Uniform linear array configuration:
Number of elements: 16
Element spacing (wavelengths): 0.75
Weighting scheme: binomial
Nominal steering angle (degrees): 45
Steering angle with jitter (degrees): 44.957
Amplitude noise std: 0.05
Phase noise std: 0.05

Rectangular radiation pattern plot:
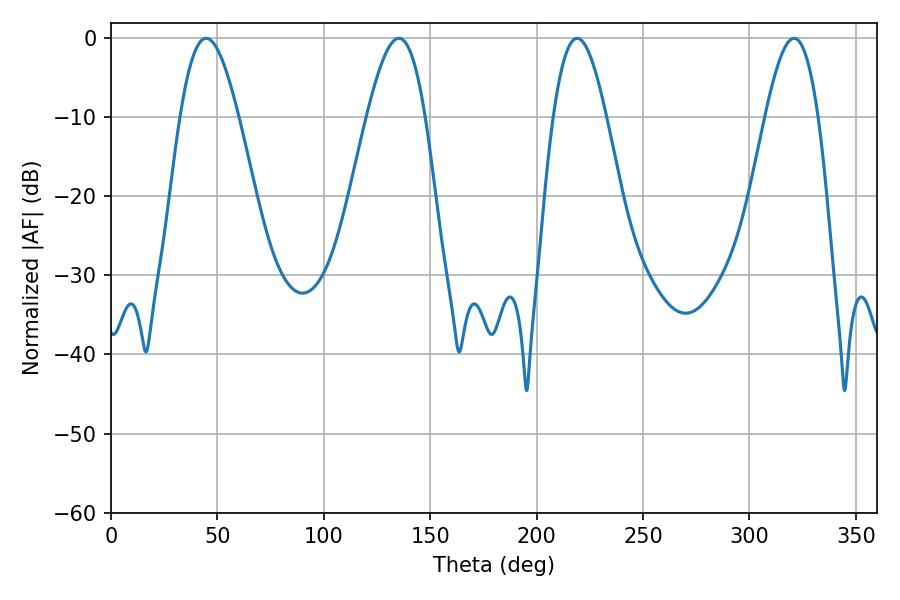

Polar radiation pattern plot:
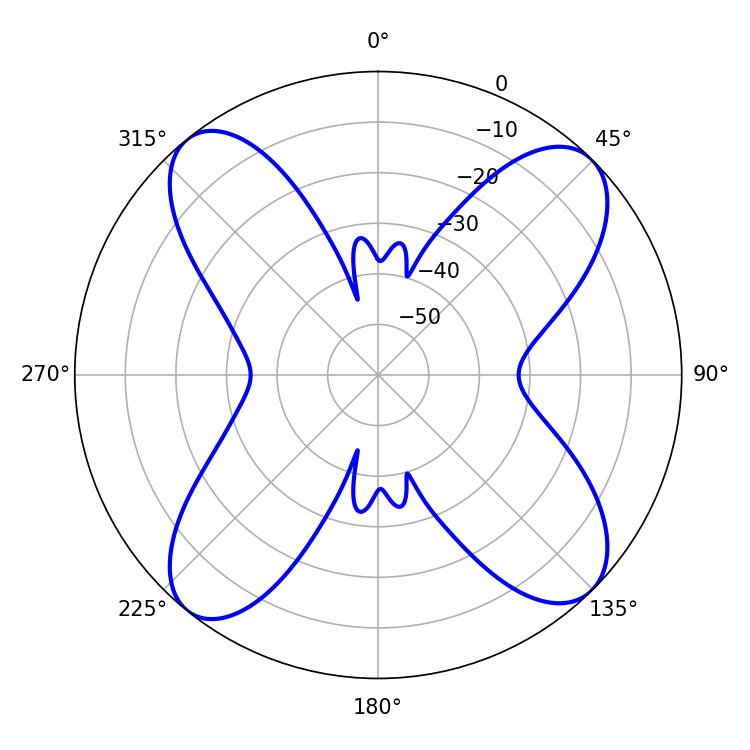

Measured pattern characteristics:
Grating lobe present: TRUE
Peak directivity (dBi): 14.334
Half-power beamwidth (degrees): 13.32
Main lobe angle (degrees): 219.06